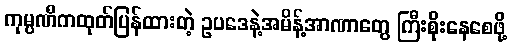
ကုမ္ပဏီကထုတ်ပြန်ထားတဲ့ ဥပဒေနဲ့အမိန့်အာဏာတွေ ကြီးစိုးနေစေဖို့